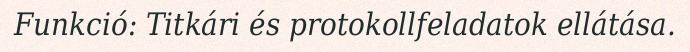
Funkció: Titkári és protokollfeladatok ellátása.